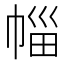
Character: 𭘦